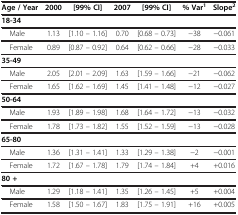
| Age / Year | 2000 | [99% CI] | 2007 | [99% CI] | % Var1 | Slope2 |
 | --- | --- | --- | --- | --- | --- | --- |
 | 18-34 |  |  |  |  |  |  |
 | Male | 1.13 | [1.10 – 1.16] | 0.70 | [0.68 – 0.73] | −38 | −0.061 |
 | Female | 0.89 | [0.87 – 0.92] | 0.64 | [0.62 – 0.66] | −28 | −0.033 |
 | 35-49 |  |  |  |  |  |  |
 | Male | 2.05 | [2.01 – 2.09] | 1.63 | [1.59 – 1.66] | −21 | −0.062 |
 | Female | 1.65 | [1.62 – 1.69] | 1.45 | [1.41 – 1.48] | −12 | −0.027 |
 | 50-64 |  |  |  |  |  |  |
 | Male | 1.93 | [1.89 – 1.98] | 1.68 | [1.64 – 1.72] | −13 | −0.032 |
 | Female | 1.78 | [1.73 – 1.82] | 1.55 | [1.52 – 1.59] | −13 | −0.028 |
 | 65-80 |  |  |  |  |  |  |
 | Male | 1.36 | [1.31 – 1.41] | 1.33 | [1.29 – 1.38] | −2 | −0.001 |
 | Female | 1.72 | [1.67 – 1.78] | 1.79 | [1.74 – 1.84] | +4 | +0.016 |
 | 80 + |  |  |  |  |  |  |
 | Male | 1.29 | [1.18 – 1.41] | 1.35 | [1.26 – 1.45] | +5 | +0.004 |
 | Female | 1.58 | [1.50 – 1.67] | 1.83 | [1.75 – 1.91] | +16 | +0.005 |